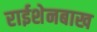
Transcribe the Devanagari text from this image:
राईशेनबाख